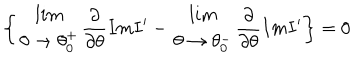
\left\{ \begin{array} { c } { { l i m } } \\ { { \theta \rightarrow \theta _ { 0 } ^ { + } } } \\ \end{array} \frac { \partial } { \partial \theta } I m I ^ { \prime } - \begin{array} { c } { { l i m } } \\ { { \theta \rightarrow \theta _ { 0 } ^ { - } } } \\ \end{array} \frac { \partial } { \partial \theta } I m I ^ { \prime } \right\} = 0